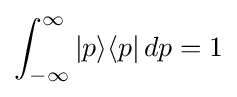
\int _{-\infty }^{\infty }|p\rangle \langle p|\,dp=1